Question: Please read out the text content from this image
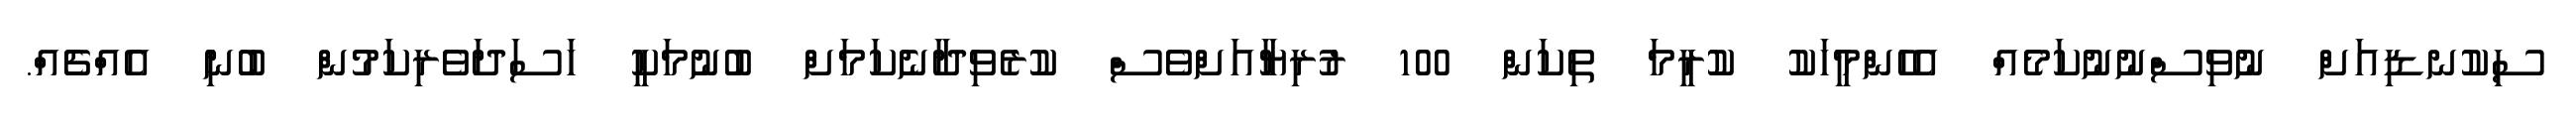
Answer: ސިކުނޑިއަށް ނުވިސްނުނުކަމެއް އެހެންމީހަކު ކުރީމަ ތިކަން 100 ރުރިޔާއަށްވެސް ކުރެވިދާނެކަމަށް ބުނުމަކީ ހަސަދަވެރިކަމުން ބުނި އެއްޗެއް.